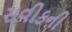
સવીકની